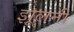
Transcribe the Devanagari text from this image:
झूलनी